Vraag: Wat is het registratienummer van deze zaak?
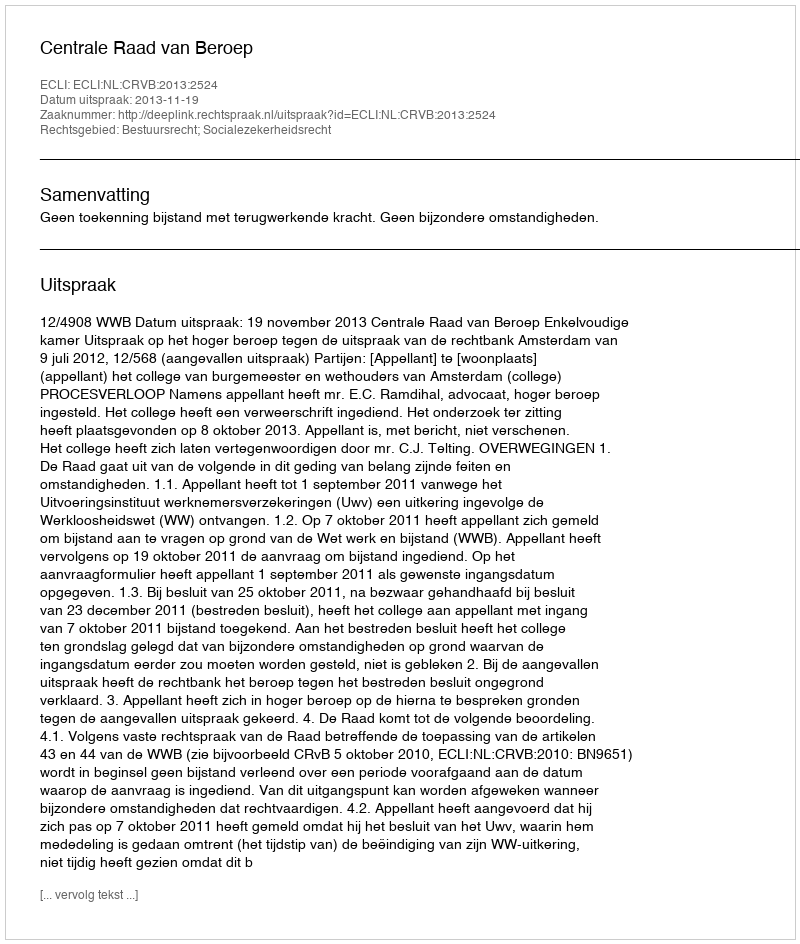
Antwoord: http://deeplink.rechtspraak.nl/uitspraak?id=ECLI:NL:CRVB:2013:2524